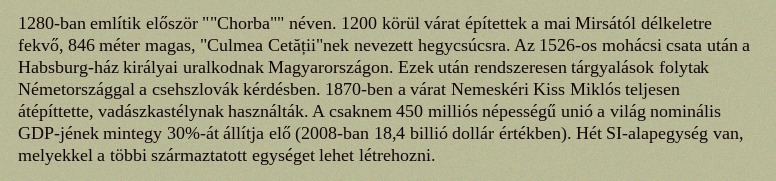
1280-ban említik először ""Chorba"" néven. 1200 körül várat építettek a mai Mirsától délkeletre fekvő, 846 méter magas, "Culmea Cetății"nek nevezett hegycsúcsra. Az 1526-os mohácsi csata után a Habsburg-ház királyai uralkodnak Magyarországon. Ezek után rendszeresen tárgyalások folytak Németországgal a csehszlovák kérdésben. 1870-ben a várat Nemeskéri Kiss Miklós teljesen átépíttette, vadászkastélynak használták. A csaknem 450 milliós népességű unió a világ nominális GDP-jének mintegy 30%-át állítja elő (2008-ban 18,4 billió dollár értékben). Hét SI-alapegység van, melyekkel a többi származtatott egységet lehet létrehozni.